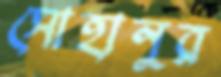
সোহানুর